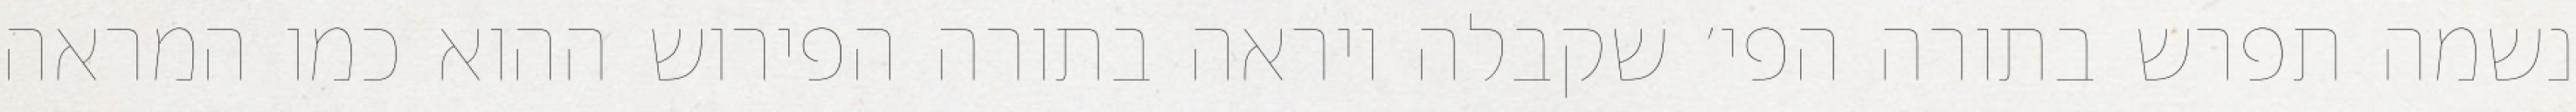
נשמה תפרש בתורה הפי׳ שקבלה ויראה בתורה הפירוש ההוא כמו המראה